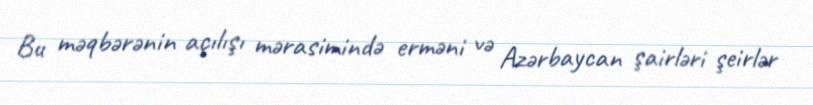
Bu məqbərənin açılışı mərasimində erməni və Azərbaycan şairləri şeirlər